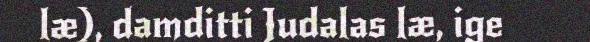
læ), damditti Judalas læ, ige